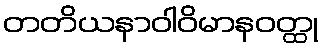
တတိယနာဝါဝိမာနဝတ္ထု